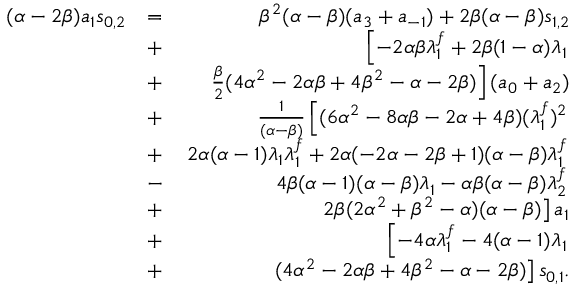
\begin{array} { r l r } { ( \alpha - 2 \beta ) a _ { 1 } s _ { 0 , 2 } } & { = } & { \beta ^ { 2 } ( \alpha - \beta ) ( a _ { 3 } + a _ { - 1 } ) + 2 \beta ( \alpha - \beta ) s _ { 1 , 2 } } \\ & { + } & { \left[ - 2 \alpha \beta \lambda _ { 1 } ^ { f } + 2 \beta ( 1 - \alpha ) \lambda _ { 1 } \right. } \\ & { + } & { \left. \frac { \beta } { 2 } ( 4 \alpha ^ { 2 } - 2 \alpha \beta + 4 \beta ^ { 2 } - \alpha - 2 \beta ) \right] ( a _ { 0 } + a _ { 2 } ) } \\ & { + } & { \frac { 1 } { ( \alpha - \beta ) } \left[ ( 6 \alpha ^ { 2 } - 8 \alpha \beta - 2 \alpha + 4 \beta ) ( \lambda _ { 1 } ^ { f } ) ^ { 2 } \right. } \\ & { + } & { \left. 2 \alpha ( \alpha - 1 ) \lambda _ { 1 } \lambda _ { 1 } ^ { f } + 2 \alpha ( - 2 \alpha - 2 \beta + 1 ) ( \alpha - \beta ) \lambda _ { 1 } ^ { f } \right. } \\ & { - } & { \left. 4 \beta ( \alpha - 1 ) ( \alpha - \beta ) \lambda _ { 1 } - \alpha \beta ( \alpha - \beta ) \lambda _ { 2 } ^ { f } \right. } \\ & { + } & { \left. 2 \beta ( 2 \alpha ^ { 2 } + \beta ^ { 2 } - \alpha ) ( \alpha - \beta ) \right] a _ { 1 } } \\ & { + } & { \left[ - 4 \alpha \lambda _ { 1 } ^ { f } - 4 ( \alpha - 1 ) \lambda _ { 1 } \right. } \\ & { + } & { \left. ( 4 \alpha ^ { 2 } - 2 \alpha \beta + 4 \beta ^ { 2 } - \alpha - 2 \beta ) \right] s _ { 0 , 1 } . } \end{array}